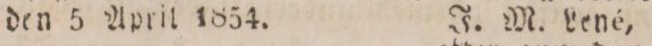
den 5 April 1854.    J. M. Lené,